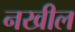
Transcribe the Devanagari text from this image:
नखील